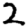
Digit: 2